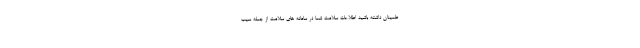
طمینان داشته باشید اطلاعات سلامت شما در سامانه های سلامت از جمله سیب